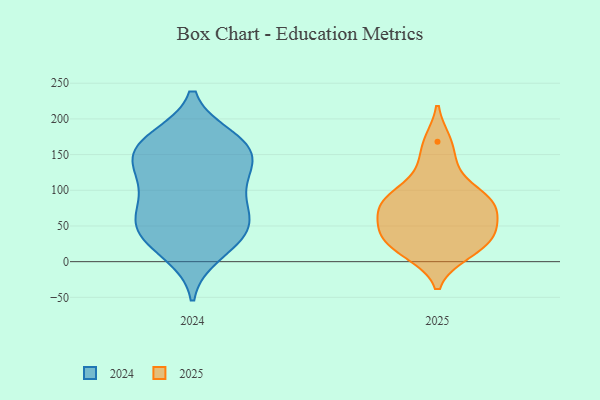
{"axis": {"x": "Headcount", "y": "Value"}, "legend": ["2024", "2025"], "data": [{"x": "", "y": 17, "type": "2025"}, {"x": "", "y": 46, "type": "2025"}, {"x": "", "y": 168, "type": "2025"}, {"x": "", "y": 88, "type": "2025"}, {"x": "", "y": 133, "type": "2025"}, {"x": "", "y": 12, "type": "2025"}, {"x": "", "y": 36, "type": "2025"}, {"x": "", "y": 60, "type": "2025"}, {"x": "", "y": 37, "type": "2025"}, {"x": "", "y": 90, "type": "2025"}, {"x": "", "y": 86, "type": "2025"}, {"x": "", "y": 79, "type": "2025"}, {"x": "", "y": 77, "type": "2024"}, {"x": "", "y": 143, "type": "2024"}, {"x": "", "y": 52, "type": "2024"}, {"x": "", "y": 115, "type": "2024"}, {"x": "", "y": 97, "type": "2024"}, {"x": "", "y": 11, "type": "2024"}, {"x": "", "y": 56, "type": "2024"}, {"x": "", "y": 61, "type": "2024"}, {"x": "", "y": 135, "type": "2024"}, {"x": "", "y": 31, "type": "2024"}, {"x": "", "y": 173, "type": "2024"}, {"x": "", "y": 159, "type": "2024"}, {"x": "", "y": 170, "type": "2024"}, {"x": "", "y": 165, "type": "2024"}, {"x": "", "y": 113, "type": "2024"}, {"x": "", "y": 50, "type": "2024"}, {"x": "", "y": 25, "type": "2024"}, {"x": "", "y": 153, "type": "2024"}]}